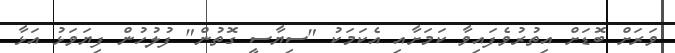
ވަރަށް ބޮޑަށް އިތުރުވެފައިވާ ކަމަށާއި އެކަމަކު "ސިޔާސީ ގޮތުން" ފުލުހުން ފިޔަވަޅު އަޅާ